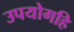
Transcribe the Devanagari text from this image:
उपयोगहि